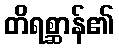
တိရစ္ဆာန်၏